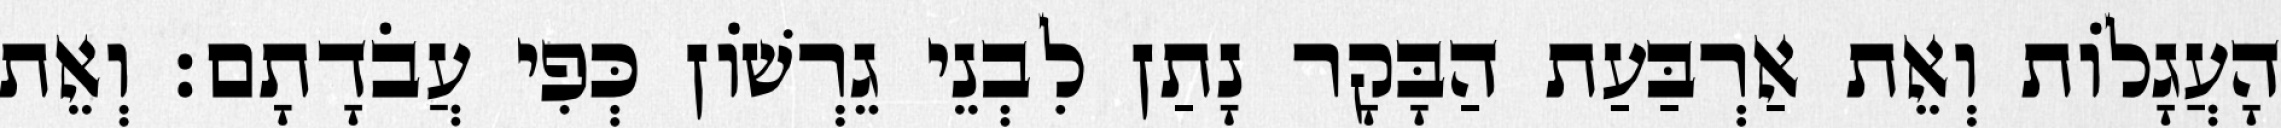
הָעֲגָלוֹת וְאֵת אַרְבַּעַת הַבָּקָר נָתַן לִבְנֵי גֵרְשׁוֹן כְּפִי עֲבֹדָתָם׃ וְאֵת